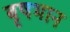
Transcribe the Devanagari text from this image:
बृषभान